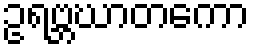
ဥရဗ္ဘဃာတကော